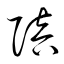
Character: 陪